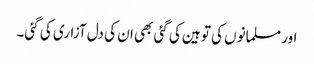
اور مسلمانوں کی توہین کی گئی بھی ان کی دل آزاری کی گئی۔